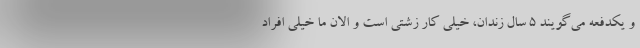
و یکدفعه می‌گویند ۵ سال زندان، خیلی کار زشتی است و الان ما خیلی افراد